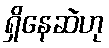
ရှိနေဆဲဟု